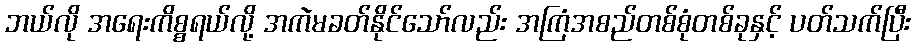
ဘယ်လို အရေးကိစ္စရယ်လို့ အကဲမခတ်နိုင်သော်လည်း အကြံအစည်တစ်စုံတစ်ခုနှင့် ပတ်သက်ပြီး